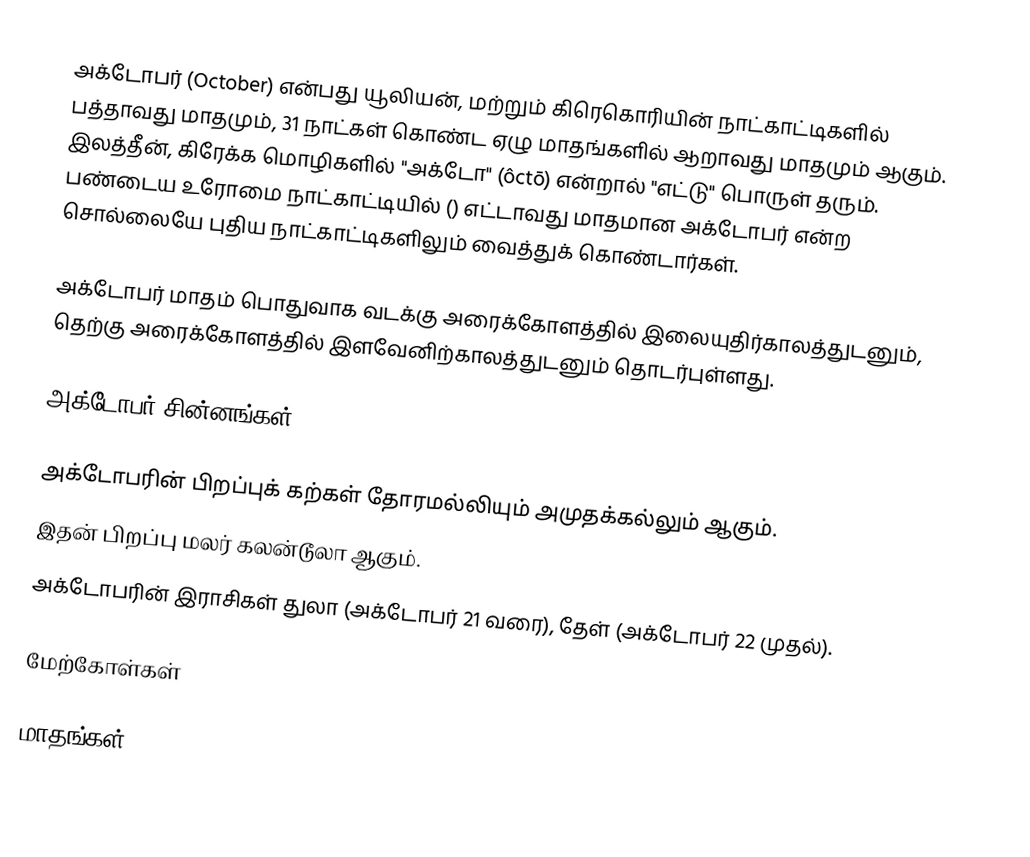
அக்டோபர் (October) என்பது யூலியன், மற்றும் கிரெகொரியின் நாட்காட்டிகளில் பத்தாவது மாதமும், 31 நாட்கள் கொண்ட ஏழு மாதங்களில் ஆறாவது மாதமும் ஆகும். இலத்தீன், கிரேக்க மொழிகளில் "அக்டோ" (ôctō) என்றால் "எட்டு" பொருள் தரும். பண்டைய உரோமை நாட்காட்டியில் () எட்டாவது மாதமான அக்டோபர் என்ற சொல்லையே புதிய நாட்காட்டிகளிலும் வைத்துக் கொண்டார்கள்.

அக்டோபர் மாதம் பொதுவாக வடக்கு அரைக்கோளத்தில் இலையுதிர்காலத்துடனும், தெற்கு அரைக்கோளத்தில் இளவேனிற்காலத்துடனும் தொடர்புள்ளது.

அக்டோபர் சின்னங்கள்

அக்டோபரின் பிறப்புக் கற்கள் தோரமல்லியும் அமுதக்கல்லும் ஆகும்.
இதன் பிறப்பு மலர் கலன்டூலா ஆகும்.
அக்டோபரின் இராசிகள் துலா (அக்டோபர் 21 வரை), தேள் (அக்டோபர் 22 முதல்).

மேற்கோள்கள்

மாதங்கள்